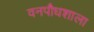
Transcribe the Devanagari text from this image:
वनपौधशाला